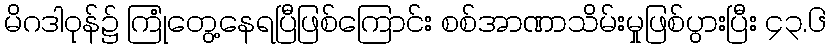
မိဂဒါဝုန်၌ ကြုံတွေ့နေရပြီဖြစ်ကြောင်း စစ်အာဏာသိမ်းမှုဖြစ်ပွားပြီး ၄၃.၆